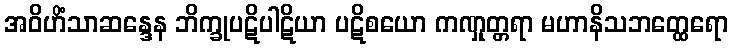
အဝိဟိံသာဆန္ဒေန ဘိက္ခုပဋိပါဋိယာ ပဋိစယော ကဏှုတ္တရာ မဟာနိသဘတ္ထေရော